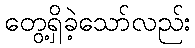
တွေ့ရှိခဲ့သော်လည်း